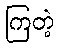
ကြတဲ့